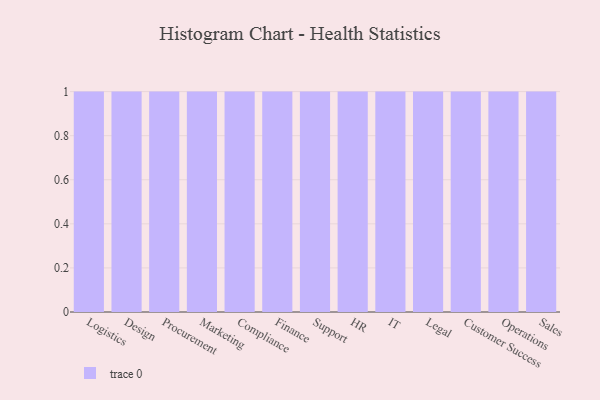
{"axis": {"x": "Department", "y": "Gross Profit (USD K)"}, "legend": [""], "data": [{"x": "Logistics", "y": 60, "type": ""}, {"x": "Design", "y": 45, "type": ""}, {"x": "Procurement", "y": 59, "type": ""}, {"x": "Marketing", "y": 91, "type": ""}, {"x": "Compliance", "y": 95, "type": ""}, {"x": "Finance", "y": 74, "type": ""}, {"x": "Support", "y": 14, "type": ""}, {"x": "HR", "y": 79, "type": ""}, {"x": "IT", "y": 57, "type": ""}, {"x": "Legal", "y": 62, "type": ""}, {"x": "Customer Success", "y": 72, "type": ""}, {"x": "Operations", "y": 1, "type": ""}, {"x": "Sales", "y": 16, "type": ""}]}